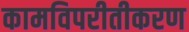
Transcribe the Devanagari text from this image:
कामविपरीतीकरण